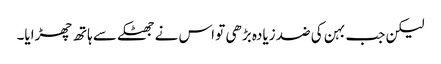
لیکن جب بہن کی ضد زیادہ بڑھی تو اس نے جھٹکے سے ہاتھ چھڑایا۔